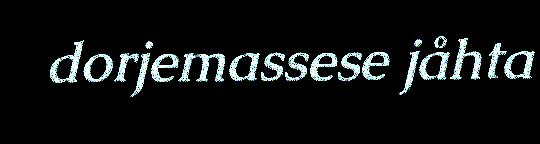
dorjemassese jåhta